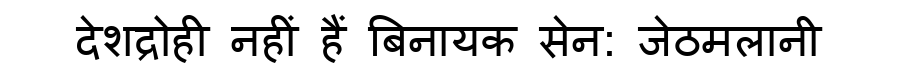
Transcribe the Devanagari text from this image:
देशद्रोही नहीं हैं बिनायक सेन: जेठमलानी